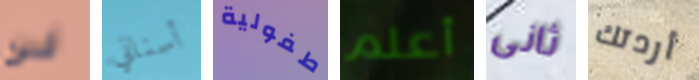
لن أسناني طفولية أعلم ثانى أردتك